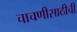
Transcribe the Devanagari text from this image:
चाचणीसाठीची